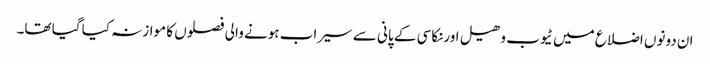
ان دونوں اضلاع میں ٹیوب وھیل اورنکاسی کے پانی سے سیراب ہونے والی فصلوں کا موازنہ کیا گیا تھا۔